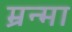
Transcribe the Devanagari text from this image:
म्रन्मा